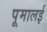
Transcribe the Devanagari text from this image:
पूमालई